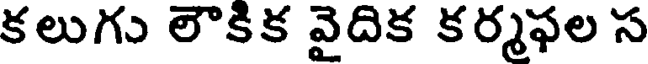
కలుగు లౌకిక వైదిక కర్మఫల స